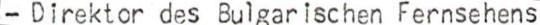
- Direktor des Bulgarischen Fernsehens